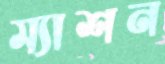
ম্যাশন